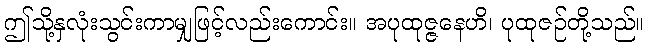
ဤသို့နှလုံးသွင်းကာမျှဖြင့်လည်းကောင်း။ အပုထုဇ္ဇနေဟိ၊ ပုထုဇဉ်တို့သည်။